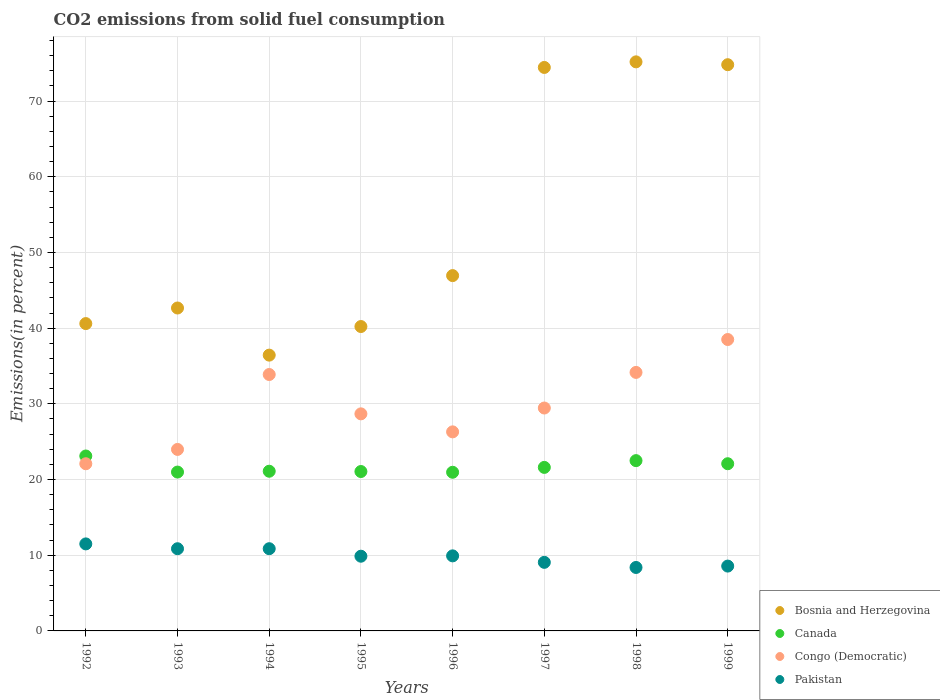
| Years | Bosnia and Herzegovina | Canada | Congo (Democratic) | Pakistan |
 | --- | --- | --- | --- | --- |
 | 1992 | 40.6 | 23.1 | 22.1 | 11.5 |
 | 1993 | 42.7 | 21 | 24 | 10.9 |
 | 1994 | 36.4 | 21.1 | 33.9 | 10.9 |
 | 1995 | 40.2 | 21.1 | 28.7 | 9.87 |
 | 1996 | 46.9 | 21 | 26.3 | 9.92 |
 | 1997 | 74.4 | 21.6 | 29.4 | 9.06 |
 | 1998 | 75.2 | 22.5 | 34.2 | 8.38 |
 | 1999 | 74.8 | 22.1 | 38.5 | 8.57 |